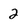
Character: 2